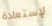
لإستعادة